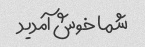
شما خوش آمدید